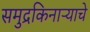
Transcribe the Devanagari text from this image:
समुद्रकिनाऱ्याचे